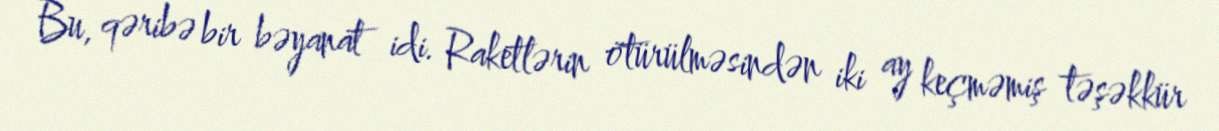
Bu, qəribə bir bəyanat idi. Raketlərin ötürülməsindən iki ay keçməmiş təşəkkür